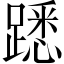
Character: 𨄠